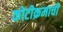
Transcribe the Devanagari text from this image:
कोटीक्रमाची